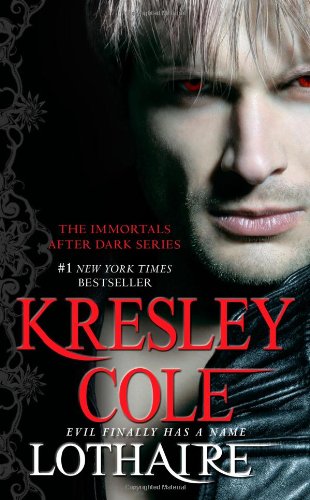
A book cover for Lothaire (Immortals After Dark); Kresley Cole; Romance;